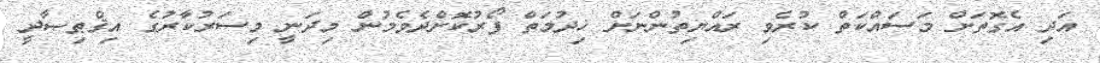
އަދި އެގޮތަށް މަސައްކަތް ކުރެވި ރައްޔިތުންނަށް ޚިދުމަތް ފޯރުކޮށްދެވެމުން މިދަނީ މިސަރުކާރުގެ އިޤްޠިޞާދީ